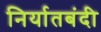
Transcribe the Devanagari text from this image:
निर्यातबंदी